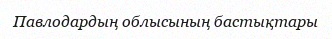
Павлодардың облысының бастықтары